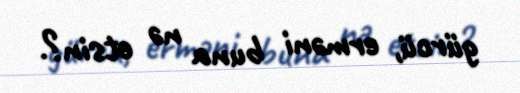
gürcü, erməni buna nə etsin?.